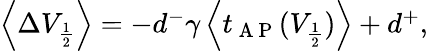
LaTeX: \begin{array}{r}{\left\langle\Delta V_{\frac{1}{2}}\right\rangle=-d^{-}\gamma\left\langle t_{\mathrm{~A~P~}}(V_{\frac{1}{2}})\right\rangle+d^{+},}\end{array}